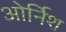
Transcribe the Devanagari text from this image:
ओर्निश